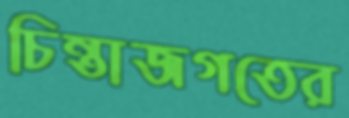
চিন্তাজগতের